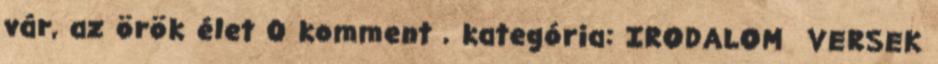
vár, az örök élet 0 komment , kategória: IRODALOM VERSEK